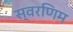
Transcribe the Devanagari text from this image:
स्वरणिम